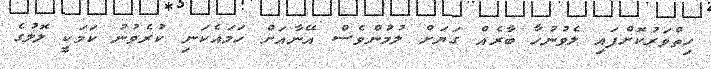
ހިތްވަރުކޮށްފައި ލެވުނުހާ ބާރެއް ގަޔަށް ލުމުންވެސް އޭނާއަށް ހަމައެކަނި ކުރެވުނު ކަމަކީ ލޮލުގެ